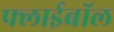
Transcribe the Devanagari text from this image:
फ्लाईबॉल